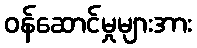
ဝန်ဆောင်မှုများအား